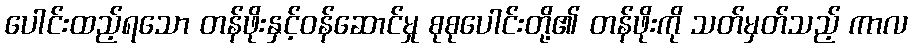
ပေါင်းထည့်ရသော တန်ဖိုးနှင့်ဝန်ဆောင်မှု စုစုပေါင်းတို့၏ တန်ဖိုးကို သတ်မှတ်သည့် ကာလ